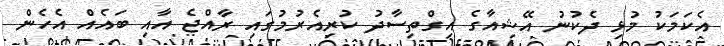
އެކަމަކު މުޅި ދެކުނު އޭޝިއާގެ އިގްތިސާދު ކުރިއެރުމުގައި ރާއްޖެ އާއި ބައެއް އެހެން